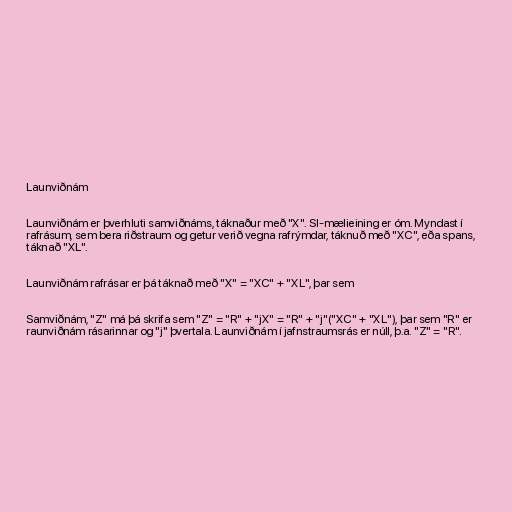
Launviðnám

Launviðnám er þverhluti samviðnáms, táknaður með "X". SI-mælieining er óm. Myndast í
rafrásum, sem bera riðstraum og getur verið vegna rafrýmdar, táknuð með "XC", eða spans,
táknað "XL".

Launviðnám rafrásar er þá táknað með "X" = "XC" + "XL", þar sem

Samviðnám, "Z" má þá skrifa sem "Z" = "R" + "jX" = "R" + "j"("XC" + "XL"), þar sem "R" er
raunviðnám rásarinnar og "j" þvertala. Launviðnám í jafnstraumsrás er núll, þ.a. "Z" = "R".